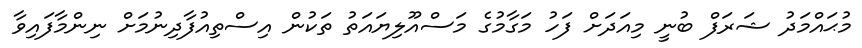
މުޙައްމަދު ޝަރަފް ބުނީ މިއަދަށް ފަހު މަގާމުގެ މަސްއޫލިޔައަތު ތަކުން އިސްތިއުފާދިނުމަށް ނިންމާފައިވާ